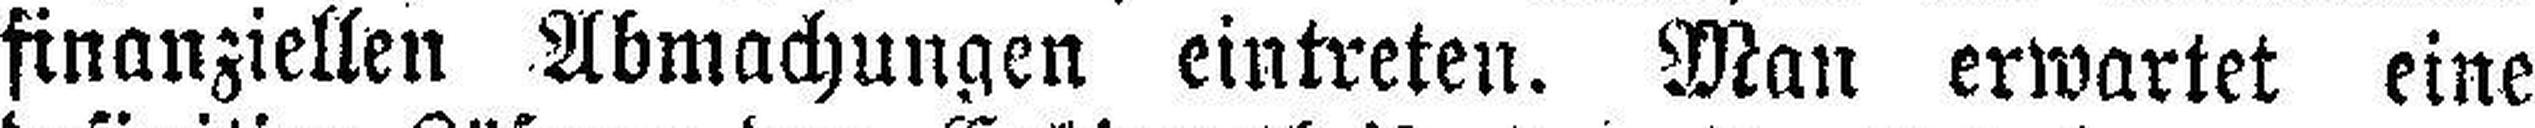
finanziellen Abmachungen eintreten. Man erwartet eine